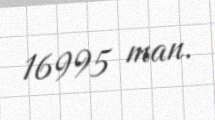
16995 man.